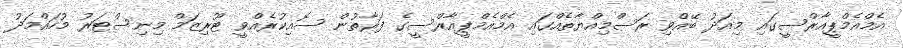
އެމްއެމްޕީއާރްސީގައި މިއަދު ބޭއްވި ރަސްމިއްޔާތެއްގައި އެމްއެމްޕީއާރްސީގެ ފަރާތުން ސޮއިކުރެއްވީ ޓޫރިޒަމް މިނިސްޓަރު މުހައްމަދު